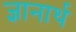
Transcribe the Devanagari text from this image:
ज्ञानार्थ